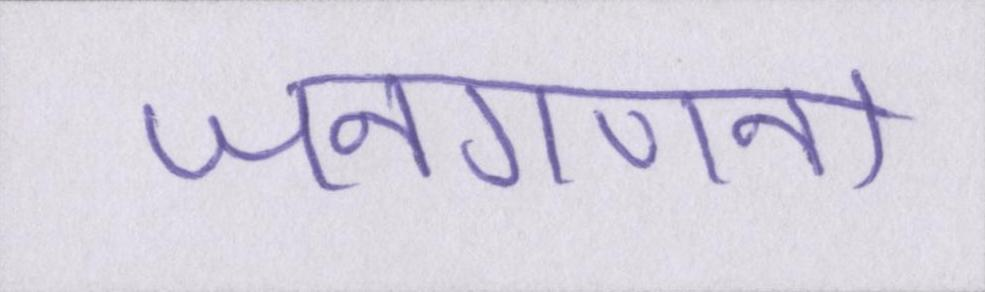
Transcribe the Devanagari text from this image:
जनगणना